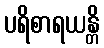
ပရိစာရယန္တိ